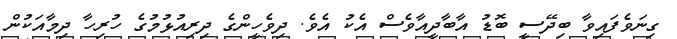
ގިނަވެފައިވާ ބިދޭސީ ބޮޑު އާބާދީއާވެސް އެކު އެވެ. ދިވެހީންގެ ދިރިއުޅުމުގެ ހުރިހާ ދިމާއަކުން